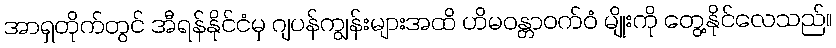
အာရှတိုက်တွင် အီရန်နိုင်ငံမှ ဂျပန်ကျွန်းများအထိ ဟိမဝန္တာဝက်ဝံ မျိုးကို တွေ့နိုင်လေသည်။